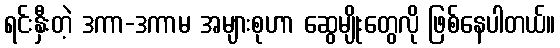
ရင်းနှီးတဲ့ ဒကာ-ဒကာမ အများစုဟာ ဆွေမျိုးတွေလို ဖြစ်နေပါတယ်။